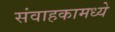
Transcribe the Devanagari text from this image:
संवाहकामध्ये